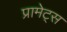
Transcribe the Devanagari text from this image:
प्रामेट्स